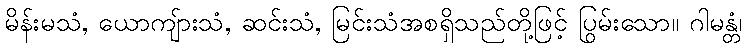
မိန်းမသံ, ယောကျ်ားသံ, ဆင်းသံ, မြင်းသံအစရှိသည်တို့ဖြင့် ပြွမ်းသော။ ဂါမန္တံ၊